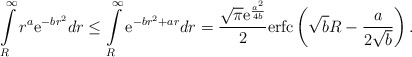
\begin{align*}\int\limits_{R}^{\infty} r^{a}\mathrm{e}^{-b r^2} dr \leq \int\limits_{R}^{\infty} \mathrm{e}^{-b r^2 + a r} dr = \frac{\sqrt{\pi} \mathrm{e}^{\frac{a^2}{4b}} }{2} \mathrm{erfc}\left(\sqrt{b}R - \frac{a}{2\sqrt{b}} \right).\end{align*}